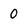
Character: 0